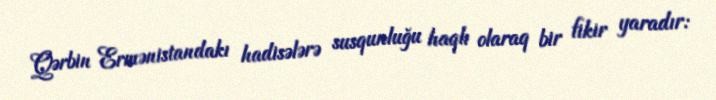
Qərbin Ermənistandakı hadisələrə susqunluğu haqlı olaraq bir fikir yaradır: